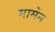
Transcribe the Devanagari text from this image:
मामेंन